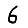
Digit: 6